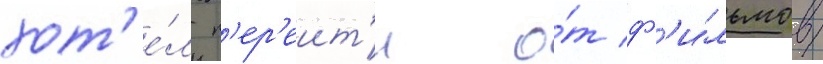
хот'е́л п'ер'еит'и о́т ф'и́льмов